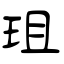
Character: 珇